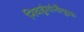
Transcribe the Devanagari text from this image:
निवडूंगांनीयुक्त